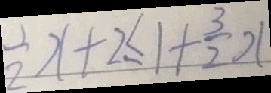
\frac { 1 } { 2 } x + 2 \leq 1 + \frac { 3 } { 2 } x